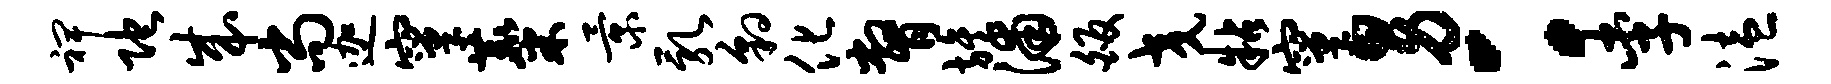
裨陀成尚迦窠麋景乳豹化瞥旌浦皈交粘窠男：李溘